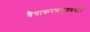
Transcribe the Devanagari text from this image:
वैयाकरणभूषणसार